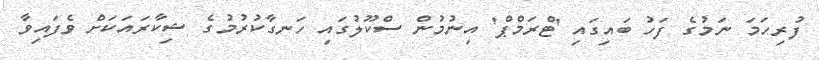
ފުރިހަމަ ނަމުގެ ފަހު ބައިގައި 'ޓްރަމްޕް' އިނުމުން ސްކޫލުގައި ހަނގާކުރުމުގެ ޝިކާރައަކަށް ވެފައިވާ